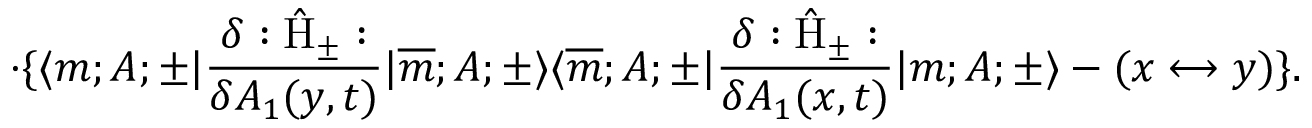
\cdot \{ \langle m ; A ; \pm | \frac { \delta : \hat { \mathrm { H } } _ { \pm } : } { \delta A _ { 1 } ( y , t ) } | \overline { { { m } } } ; A ; \pm \rangle \langle \overline { { { m } } } ; A ; \pm | \frac { \delta : \hat { \mathrm { H } } _ { \pm } : } { \delta A _ { 1 } ( x , t ) } | m ; A ; \pm \rangle - ( x \longleftrightarrow y ) \} . \,